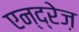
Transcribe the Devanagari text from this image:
एन्द्रेज़